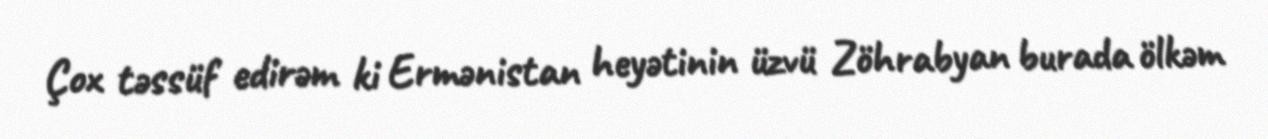
Çox təssüf edirəm ki Ermənistan heyətinin üzvü Zöhrabyan burada ölkəm